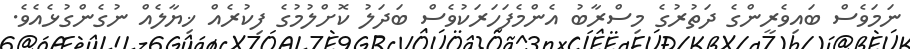
ނަމަވެސް ބައިވެރީންގެ ދަތުރުގެ މިސްރާބު އެންމެފަހަރަކުވެސް ބަދަލު ކޮށްލުމުގެ ފިކުރެއް ޚިޔާލެއް ނުގެންގުޅެއެވެ.